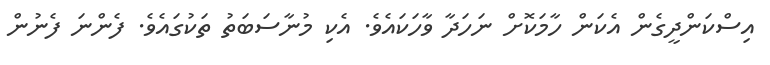
އިސްކަންދީގެން އެކަން ހާމަކޮށް ނަހަދާ ވާހަކައެވެ. އެކި މުނާސަބަތު ތަކުގައެވެ. ފެންނަ ފެނުން